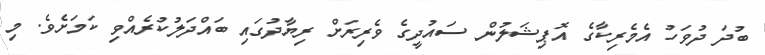
ބުދަ ދުވަހު އެމެރިކާގެ އޮޕިޝަލުން ސައުދީގެ ވެރިރަށް ރިޔާދުގައި ބައްދަލުކުރެއްވި ކަމަށެވެ. މި